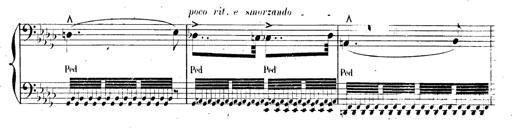
Title: AnnÃ©es de pÃ¨lerinage II, SupplÃ©ment
Composer: Franz Liszt